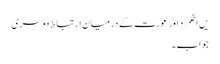
یں اطکمرد اور عورت کے درمیان ارتباط دوسری
جواب۔